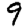
Digit: 9